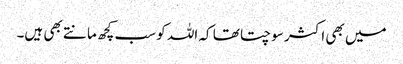
میں بھی اکثر سوچتا تھا کہ اللہ کو سب کچھ مانتے بھی ہیں۔